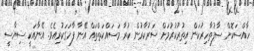
ހާއްސަކޮށް ސާފުތާހިރުކަން އިތުރުކުރުމަށް ސަރުކާރުން ކުރާ މަސައްކަތްތައް އޭނާ ފާހަގަކުރިއެވެ. އޭނާއަކީ ސިޔާސީ